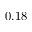
- 0 . 1 8